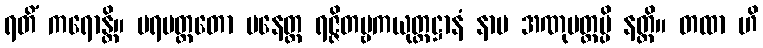
ရတိံ ကရောန္တိ။ ပရမတ္ထတော ပနေတ္ထ ရဇ္ဇိတဗ္ဗကယုတ္တဋ္ဌာနံ နာမ အဏုမတ္တမ္ပိ နတ္ထိ။ တထာ ဟိ